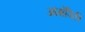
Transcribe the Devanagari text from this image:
आक्षेपिकी